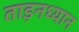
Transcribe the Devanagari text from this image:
ताड़नध्यान